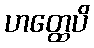
ဟတ္ထေပိ